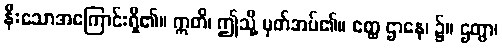
နီးသောအကြောင်းရှိ၏။ ဣတိ၊ ဤသို့ မှတ်အပ်၏။ ဧတ္ထ ဌာနေ၊ ၌။ ဌတွာ၊